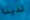
لدينا